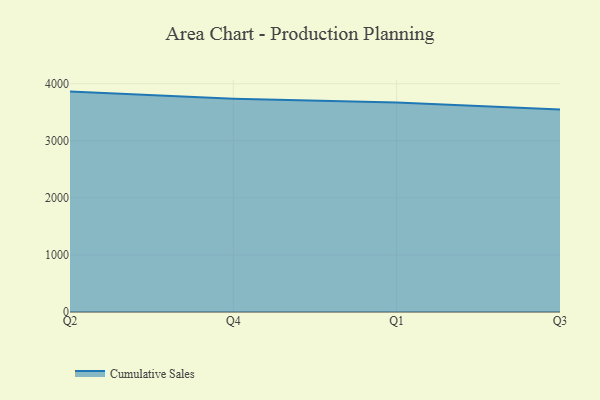
{"axis": {"x": "Quarter", "y": "Backlog"}, "legend": ["Cumulative Sales"], "data": [{"x": "Q2", "y": 3862.1, "type": "Cumulative Sales"}, {"x": "Q4", "y": 3736.8, "type": "Cumulative Sales"}, {"x": "Q1", "y": 3670.0, "type": "Cumulative Sales"}, {"x": "Q3", "y": 3546.9, "type": "Cumulative Sales"}]}